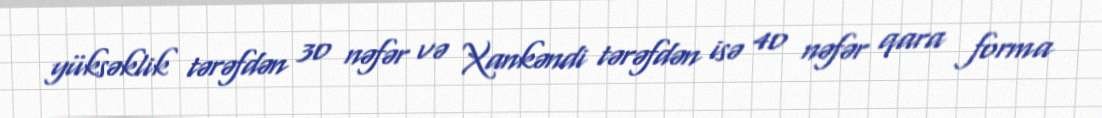
yüksəklik tərəfdən 30 nəfər və Xankəndi tərəfdən isə 40 nəfər qara forma